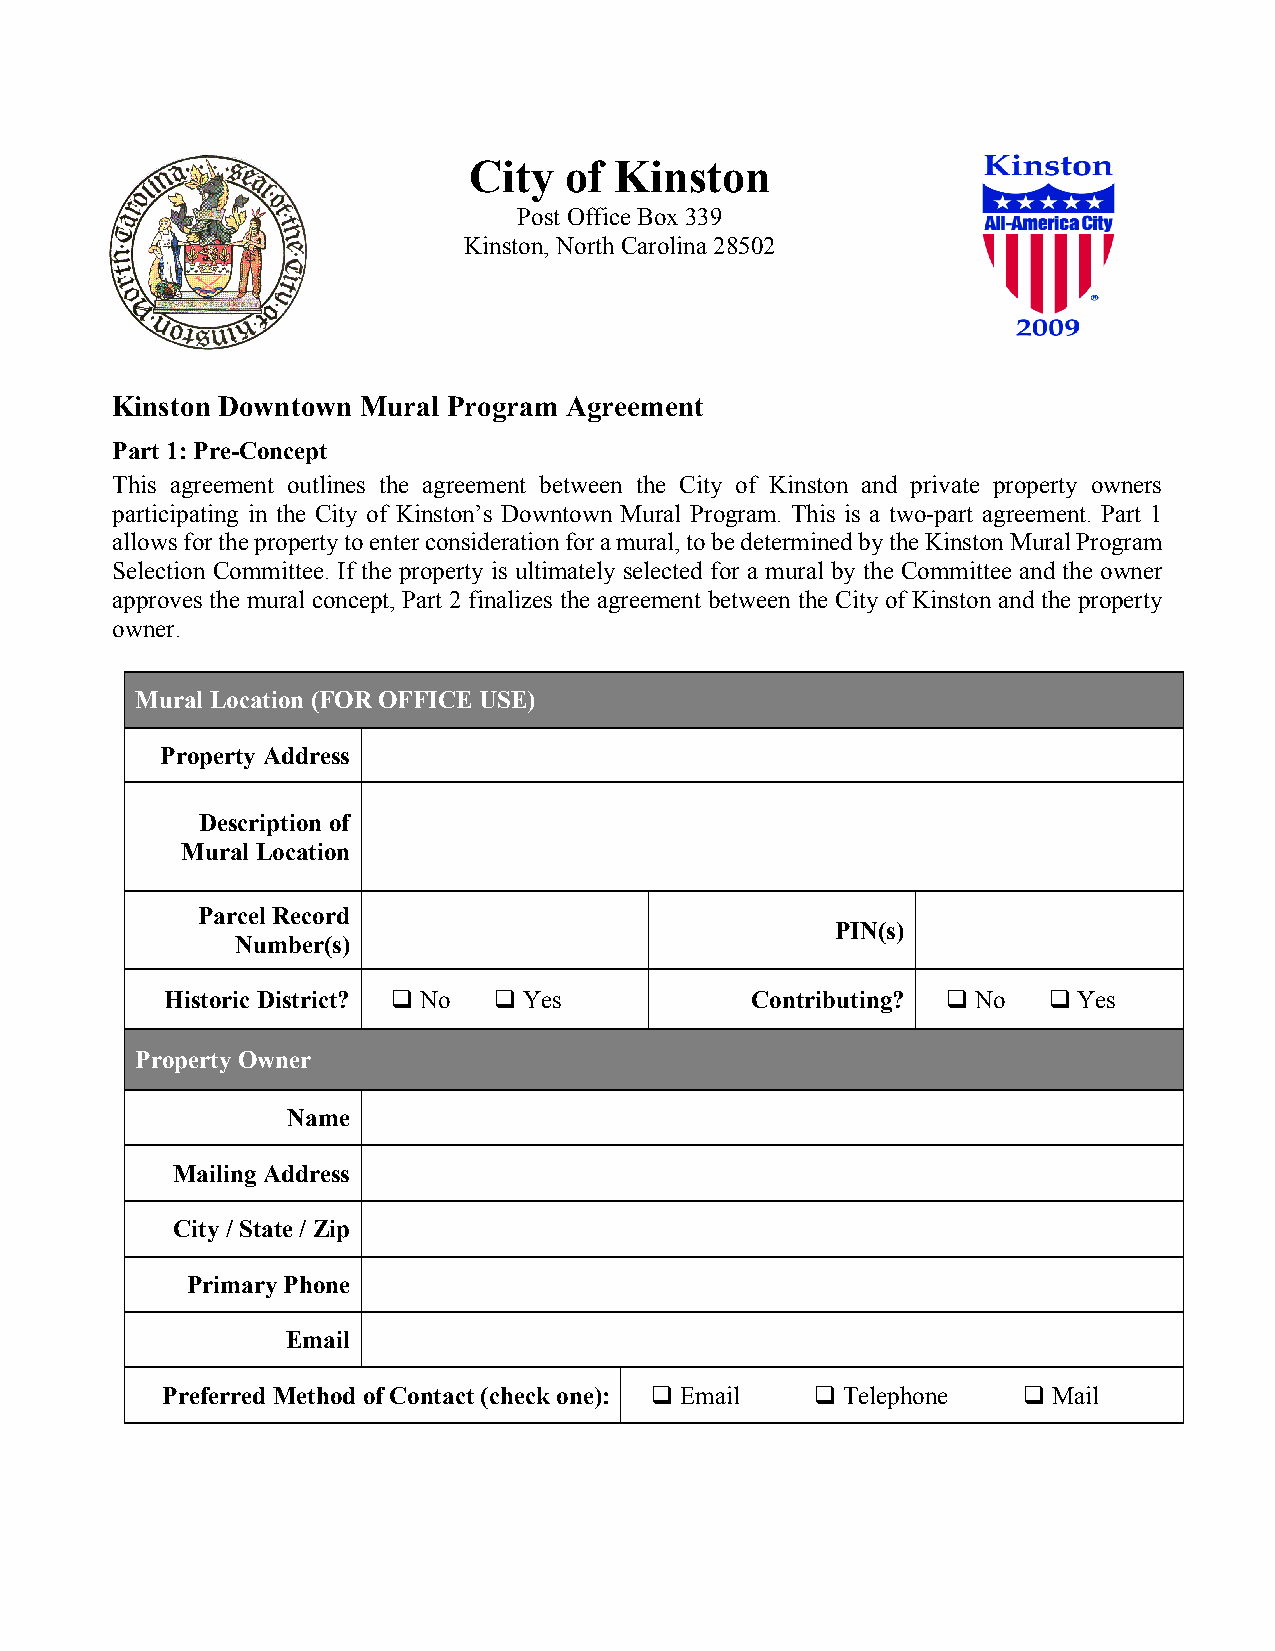
City  of  Kinston
 Post Office Box 339
 Kinston, North Carolina 28502
 Kinston Downtown Mural Program Agreement
 Part 1: Pre-Concept
 This agreement outlines the agreement between the City of Kinston and private property owners
 participating in the City of Kinston’s Downtown Mural Program. This is a two-part agreement. Part 1
 allows for the property to enter consideration for a mural, to be determined by the Kinston Mural Program
 Selection Committee. If the property is ultimately selected for a mural by the Committee and the owner
 approves the mural concept, Part 2 finalizes the agreement between the City of Kinston and the property
 owner.
 Mural Location (FOR OFFICE USE)
 Property Address
 Description of
 Mural Location
 Parcel Record
 PIN(s)
 Number(s)
 Historic District? q No q Yes          Contributing? q No q Yes
 Property Owner
 Name
 Mailing Address
 City / State / Zip
 Primary Phone
 Email
 Preferred Method of Contact (check one): q Email q Telephone q Mail